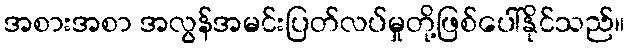
အစားအစာ အလွန်အမင်းပြတ်လပ်မှုတို့ဖြစ်ပေါ်နိုင်သည်။